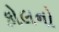
કોલનો